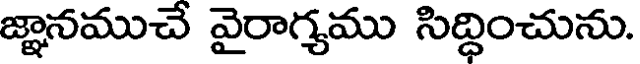
జ్ఞానముచే వైరాగ్యము సిద్ధించును.